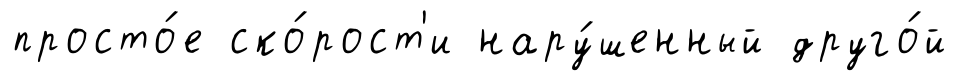
просто́е ско́рост'и нару́шенный друго́й